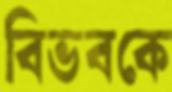
বিভবকে